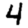
Digit: 4